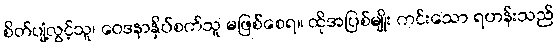
စိတ်ပျံ့လွင့်သူ၊ ဝေဒနာနှိပ်စက်သူ မဖြစ်စေရ။ ထိုအပြစ်မျိုး ကင်းသော ရဟန်းသည်